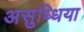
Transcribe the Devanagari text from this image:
असुध्धिया